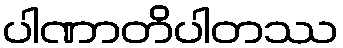
ပါဏာတိပါတဿ